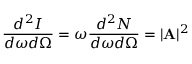
\frac { d ^ { 2 } I } { d \omega d \Omega } = \omega \frac { d ^ { 2 } N } { d \omega d \Omega } = | { \bf A } | ^ { 2 }